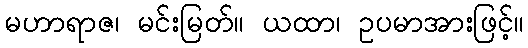
မဟာရာဇ၊ မင်းမြတ်။ ယထာ၊ ဥပမာအားဖြင့်။